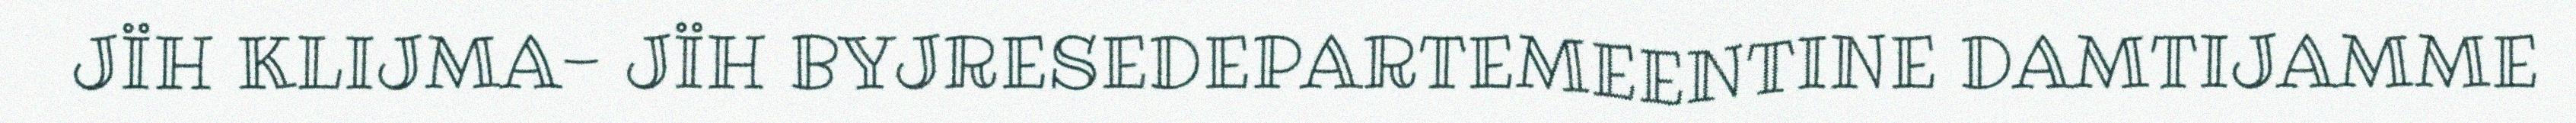
JÏH KLIJMA- JÏH BYJRESEDEPARTEMEENTINE DAMTIJAMME